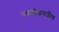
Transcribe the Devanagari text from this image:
पणजीजवळील